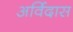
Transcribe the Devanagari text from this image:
अर्विदास